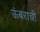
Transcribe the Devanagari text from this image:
ऊंबराची